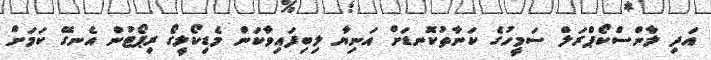
އަދި ލާންސްކޯޕްރަލް ސަމީހުގެ ކަނާތުކޮނޑަށް އަނިޔާ ލިބިފައިވާކަން މެޑިކޯލީގޯ ރިޕޯޓުން އެނގޭ ކަމަށް